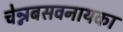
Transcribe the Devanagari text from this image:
चेन्नबसवनायका